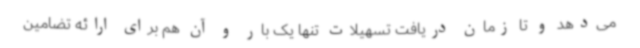
می‌دهد و تا زمان دریافت تسهیلات تنها یک بار و آن هم برای ارائه تضامین